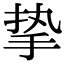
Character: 挚